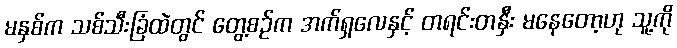
မနှစ်က သစ်သီးခြံထဲတွင် တွေ့စဉ်က အက်ရှလေနှင့် တရင်းတနှီး မနေတော့ဟု သူ့ကို